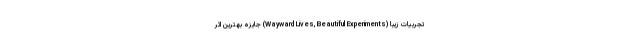
تجربیات زیبا (Wayward Lives, Beautiful Experiments) جایزه بهترین اثر